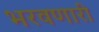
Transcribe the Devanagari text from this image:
भरवणारी